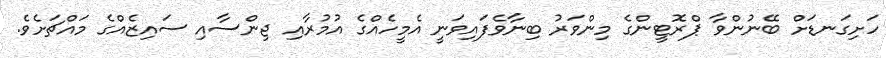
ހަށިގަނޑަށް ބޭނުންވާ ޕްރޮޓީންގެ މިންވަރު ބިނާވެފައިވަނީ އެމީހެއްގެ އުމުރާއި ޖިންސާއި ސައިޒެއްގެ މައްޗަށެވެ.